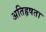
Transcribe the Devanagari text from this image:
अतिहृषता